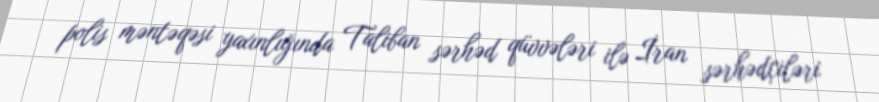
polis məntəqəsi yaxınlığında Taliban sərhəd qüvvələri ilə İran sərhədçiləri